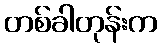
တစ်ခါတုန်းက